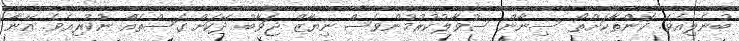
ބުނެލިއެވެ. ކޮންތާކަށްތޯ ސިނާން ސުވާލުކުރުމުންވެސް ނިޔާޒް ޖަވާބު ދޭކަށް ގަސްތެއް ނުކުރިއެވެ. އޭނާ